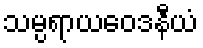
သမ္ပရာယဝေဒနီယံ